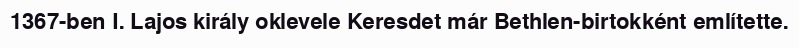
1367-ben I. Lajos király oklevele Keresdet már Bethlen-birtokként említette.